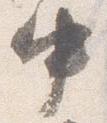
中